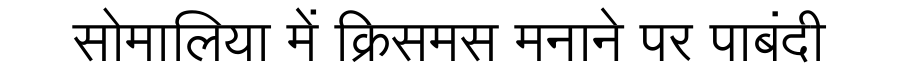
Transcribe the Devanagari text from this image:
सोमालिया में क्रिसमस मनाने पर पाबंदी